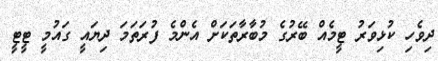
ދިވެހި ކުޅިވަރު ޓީމެއް ބޭރުގެ މުބާރާތަކަށް އެންމެ ފުރަތަމަ ދިޔައީ ގައުމީ ޓީޓީ